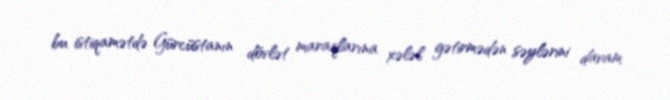
bu istiqamətdə Gürcüstanın dövlət maraqlarına xələl gətirmədən səylərini davam